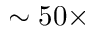
\sim 5 0 \times